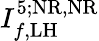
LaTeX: I_{f,\mathrm{LH}}^{5;\mathrm{NR,NR}}